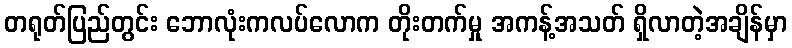
တရုတ်ပြည်တွင်း ဘောလုံးကလပ်လောက တိုးတက်မှု အကန့်အသတ် ရှိလာတဲ့အချိန်မှာ